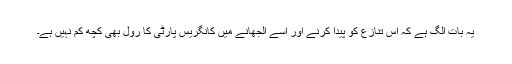
یہ بات الگ ہے کہ اس تنازع کو پیدا کرنے اور اسے الجھانے میں کانگریس پارٹی کا رول بھی کچھ کم نہیں ہے۔